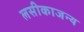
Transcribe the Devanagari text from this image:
लसीकाजन्य